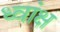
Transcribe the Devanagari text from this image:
ध्वांक्ष